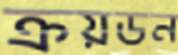
ক্রয়ডন